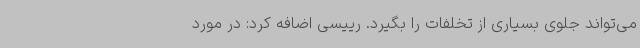
می‌تواند جلوی بسیاری از تخلفات را بگیرد. رییسی اضافه کرد: در مورد